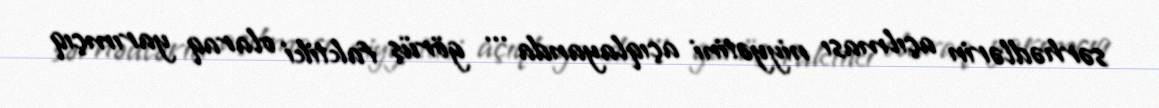
sərhədlərin açılması niyyətini açıqlayanda ... görüş faktiki olaraq yarımçıq